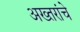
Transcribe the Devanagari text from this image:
अख्तरांचे